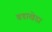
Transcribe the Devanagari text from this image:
बडाखेडा